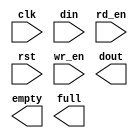
module fifo_8bit(
	clk,
	din,
	rd_en,
	rst,
	wr_en,
	dout,
	empty,
	full);


input clk;
input [7 : 0] din;
input rd_en;
input rst;
input wr_en;
output [7 : 0] dout;
output empty;
output full;

// synthesis translate_off

      FIFO_GENERATOR_V4_4 #(
		.C_COMMON_CLOCK(1),
		.C_COUNT_TYPE(0),
		.C_DATA_COUNT_WIDTH(10),
		.C_DEFAULT_VALUE("BlankString"),
		.C_DIN_WIDTH(8),
		.C_DOUT_RST_VAL("0"),
		.C_DOUT_WIDTH(8),
		.C_ENABLE_RLOCS(0),
		.C_FAMILY("virtex2p"),
		.C_FULL_FLAGS_RST_VAL(1),
		.C_HAS_ALMOST_EMPTY(0),
		.C_HAS_ALMOST_FULL(0),
		.C_HAS_BACKUP(0),
		.C_HAS_DATA_COUNT(0),
		.C_HAS_INT_CLK(0),
		.C_HAS_MEMINIT_FILE(0),
		.C_HAS_OVERFLOW(0),
		.C_HAS_RD_DATA_COUNT(0),
		.C_HAS_RD_RST(0),
		.C_HAS_RST(1),
		.C_HAS_SRST(0),
		.C_HAS_UNDERFLOW(0),
		.C_HAS_VALID(0),
		.C_HAS_WR_ACK(0),
		.C_HAS_WR_DATA_COUNT(0),
		.C_HAS_WR_RST(0),
		.C_IMPLEMENTATION_TYPE(0),
		.C_INIT_WR_PNTR_VAL(0),
		.C_MEMORY_TYPE(1),
		.C_MIF_FILE_NAME("BlankString"),
		.C_MSGON_VAL(1),
		.C_OPTIMIZATION_MODE(0),
		.C_OVERFLOW_LOW(0),
		.C_PRELOAD_LATENCY(0),
		.C_PRELOAD_REGS(1),
		.C_PRIM_FIFO_TYPE("512x36"),
		.C_PROG_EMPTY_THRESH_ASSERT_VAL(4),
		.C_PROG_EMPTY_THRESH_NEGATE_VAL(5),
		.C_PROG_EMPTY_TYPE(0),
		.C_PROG_FULL_THRESH_ASSERT_VAL(511),
		.C_PROG_FULL_THRESH_NEGATE_VAL(510),
		.C_PROG_FULL_TYPE(0),
		.C_RD_DATA_COUNT_WIDTH(10),
		.C_RD_DEPTH(512),
		.C_RD_FREQ(1),
		.C_RD_PNTR_WIDTH(9),
		.C_UNDERFLOW_LOW(0),
		.C_USE_DOUT_RST(1),
		.C_USE_ECC(0),
		.C_USE_EMBEDDED_REG(0),
		.C_USE_FIFO16_FLAGS(0),
		.C_USE_FWFT_DATA_COUNT(1),
		.C_VALID_LOW(0),
		.C_WR_ACK_LOW(0),
		.C_WR_DATA_COUNT_WIDTH(10),
		.C_WR_DEPTH(512),
		.C_WR_FREQ(1),
		.C_WR_PNTR_WIDTH(9),
		.C_WR_RESPONSE_LATENCY(1))
	inst (
		.CLK(clk),
		.DIN(din),
		.RD_EN(rd_en),
		.RST(rst),
		.WR_EN(wr_en),
		.DOUT(dout),
		.EMPTY(empty),
		.FULL(full),
		.INT_CLK(),
		.BACKUP(),
		.BACKUP_MARKER(),
		.PROG_EMPTY_THRESH(),
		.PROG_EMPTY_THRESH_ASSERT(),
		.PROG_EMPTY_THRESH_NEGATE(),
		.PROG_FULL_THRESH(),
		.PROG_FULL_THRESH_ASSERT(),
		.PROG_FULL_THRESH_NEGATE(),
		.RD_CLK(),
		.RD_RST(),
		.SRST(),
		.WR_CLK(),
		.WR_RST(),
		.ALMOST_EMPTY(),
		.ALMOST_FULL(),
		.DATA_COUNT(),
		.OVERFLOW(),
		.PROG_EMPTY(),
		.PROG_FULL(),
		.VALID(),
		.RD_DATA_COUNT(),
		.UNDERFLOW(),
		.WR_ACK(),
		.WR_DATA_COUNT(),
		.SBITERR(),
		.DBITERR());


// synthesis translate_on

// XST black box declaration
// box_type "black_box"
// synthesis attribute box_type of fifo_8bit is "black_box"

endmodule